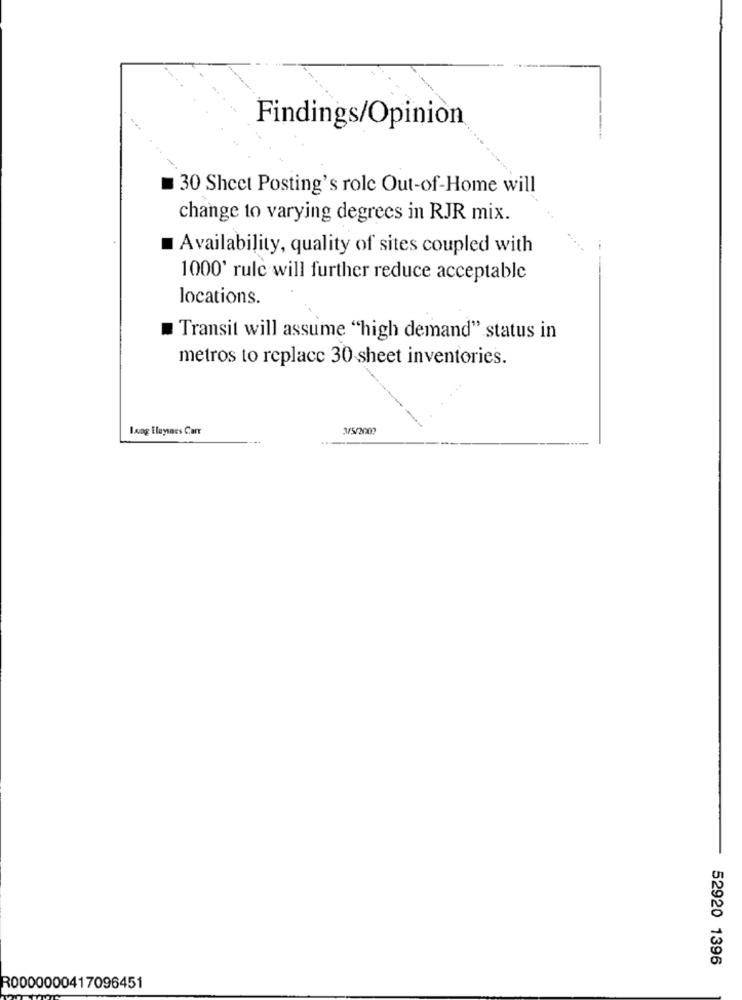
Findings/Opinion
30 Sheet Posting's role Out-of-Home will
change to varying degrees in RJR mix.
Availability, quality of sites coupled with
1000' rule will further reduce acceptable
locations.
Transit will assume "high demand" status in
metros to replace 30 sheet inventories.
Long Elaynaes Carr
3/5/2007
52920 1396
R0000000417096451